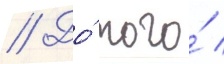
// До́ того́ /